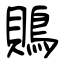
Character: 鵙